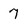
Character: 7